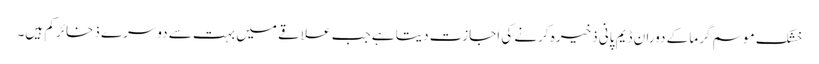
خشک موسم گرما کے دوران ڈیم پانی ذخیرہ کرنے کی اجازت دیتا ہے جب علاقے میں بہت سے دوسرے ذخائر کم ہیں۔